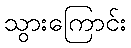
သွားကြောင်း